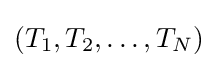
\left(T_{1},T_{2},\dots ,T_{N}\right)